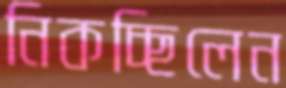
নিকচ্ছিলেন